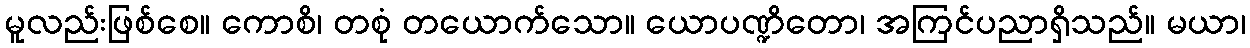
မူလည်းဖြစ်စေ။ ကောစိ၊ တစုံ တယောက်သော။ ယောပဏ္ဍိတော၊ အကြင်ပညာရှိသည်။ မယာ၊